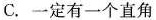
C.一定有一个直角